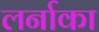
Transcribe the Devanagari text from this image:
लर्नाका